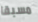
مسبقا